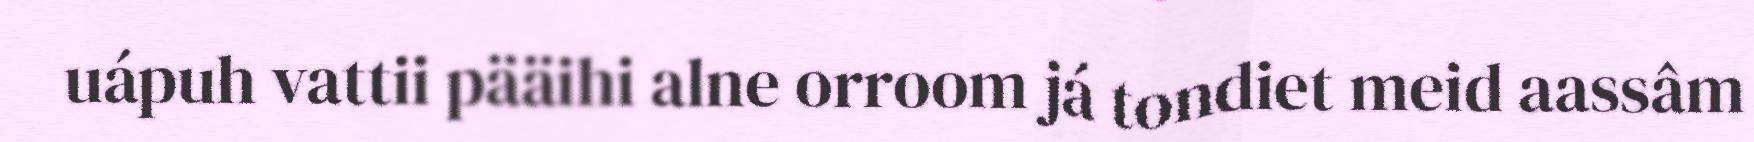
uápuh vattii pääihi alne orroom já tondiet meid aassâm